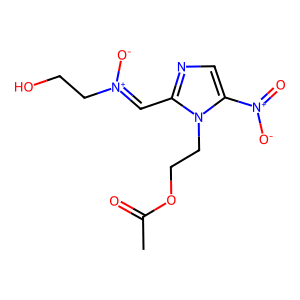
SMILES: CC(=O)OCCn1c([N+](=O)[O-])cnc1C=[N+]([O-])CCO
Inhibits HIV replication: No